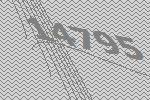
14795